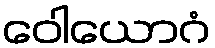
ဝေါယောဂံ